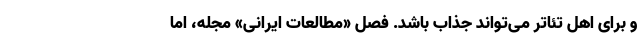
و برای اهل تئاتر می‌تواند جذاب باشد. فصل «مطالعات ایرانی» مجله، اما